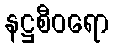
နဋ္ဌစီဝရော